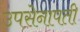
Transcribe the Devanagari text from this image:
उपसेनापती